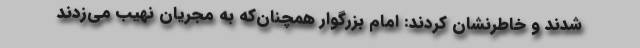
شدند و خاطرنشان کردند: امام بزرگوار همچنان‌که به مجریان نهیب می‌زدند